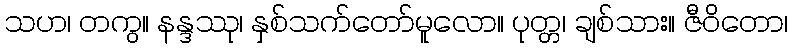
သဟ၊ တကွ။ နန္ဒဿု၊ နှစ်သက်တော်မူလော။ ပုတ္တ၊ ချစ်သား။ ဇီဝိတော၊